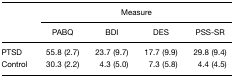
<table><thead><tr><td></td><td colspan="4"><b>Measure</b></td></tr><tr><td></td><td><b>PABQ</b></td><td><b>BDI</b></td><td><b>DES</b></td><td><b>PSS-SR</b></td></tr></thead><tbody><tr><td>PTSD</td><td>55.8 (2.7)</td><td>23.7 (9.7)</td><td>17.7 (9.9)</td><td>29.8 (9.4)</td></tr><tr><td>Control</td><td>30.3 (2.2)</td><td>4.3 (5.0)</td><td>7.3 (5.8)</td><td>4.4 (4.5)</td></tr></tbody></table>